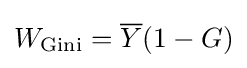
W_{\mathrm {Gini} }={\overline {Y}}(1-G)